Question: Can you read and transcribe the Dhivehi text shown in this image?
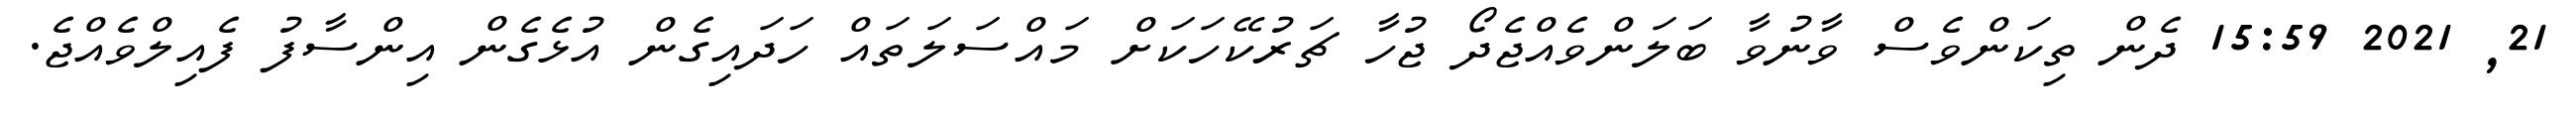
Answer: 21, 2021 15:59 ދެން ތިކަންވެސް ވާނުވާ ބަލަންވެއްޖެދޯ ޖުހާ ޗަރުކޭހަކަށް މައްސަލަތައް ހަދައިގެން އުޅެގެން އިންސާފު ފެއިލްވެއްޖެ.